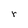
Character: r